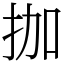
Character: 拁